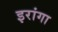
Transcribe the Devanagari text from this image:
इरांगा